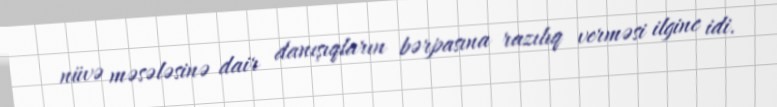
nüvə məsələsinə dair danışıqların bərpasına razılıq verməsi ilginc idi.